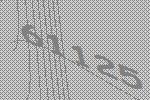
61125